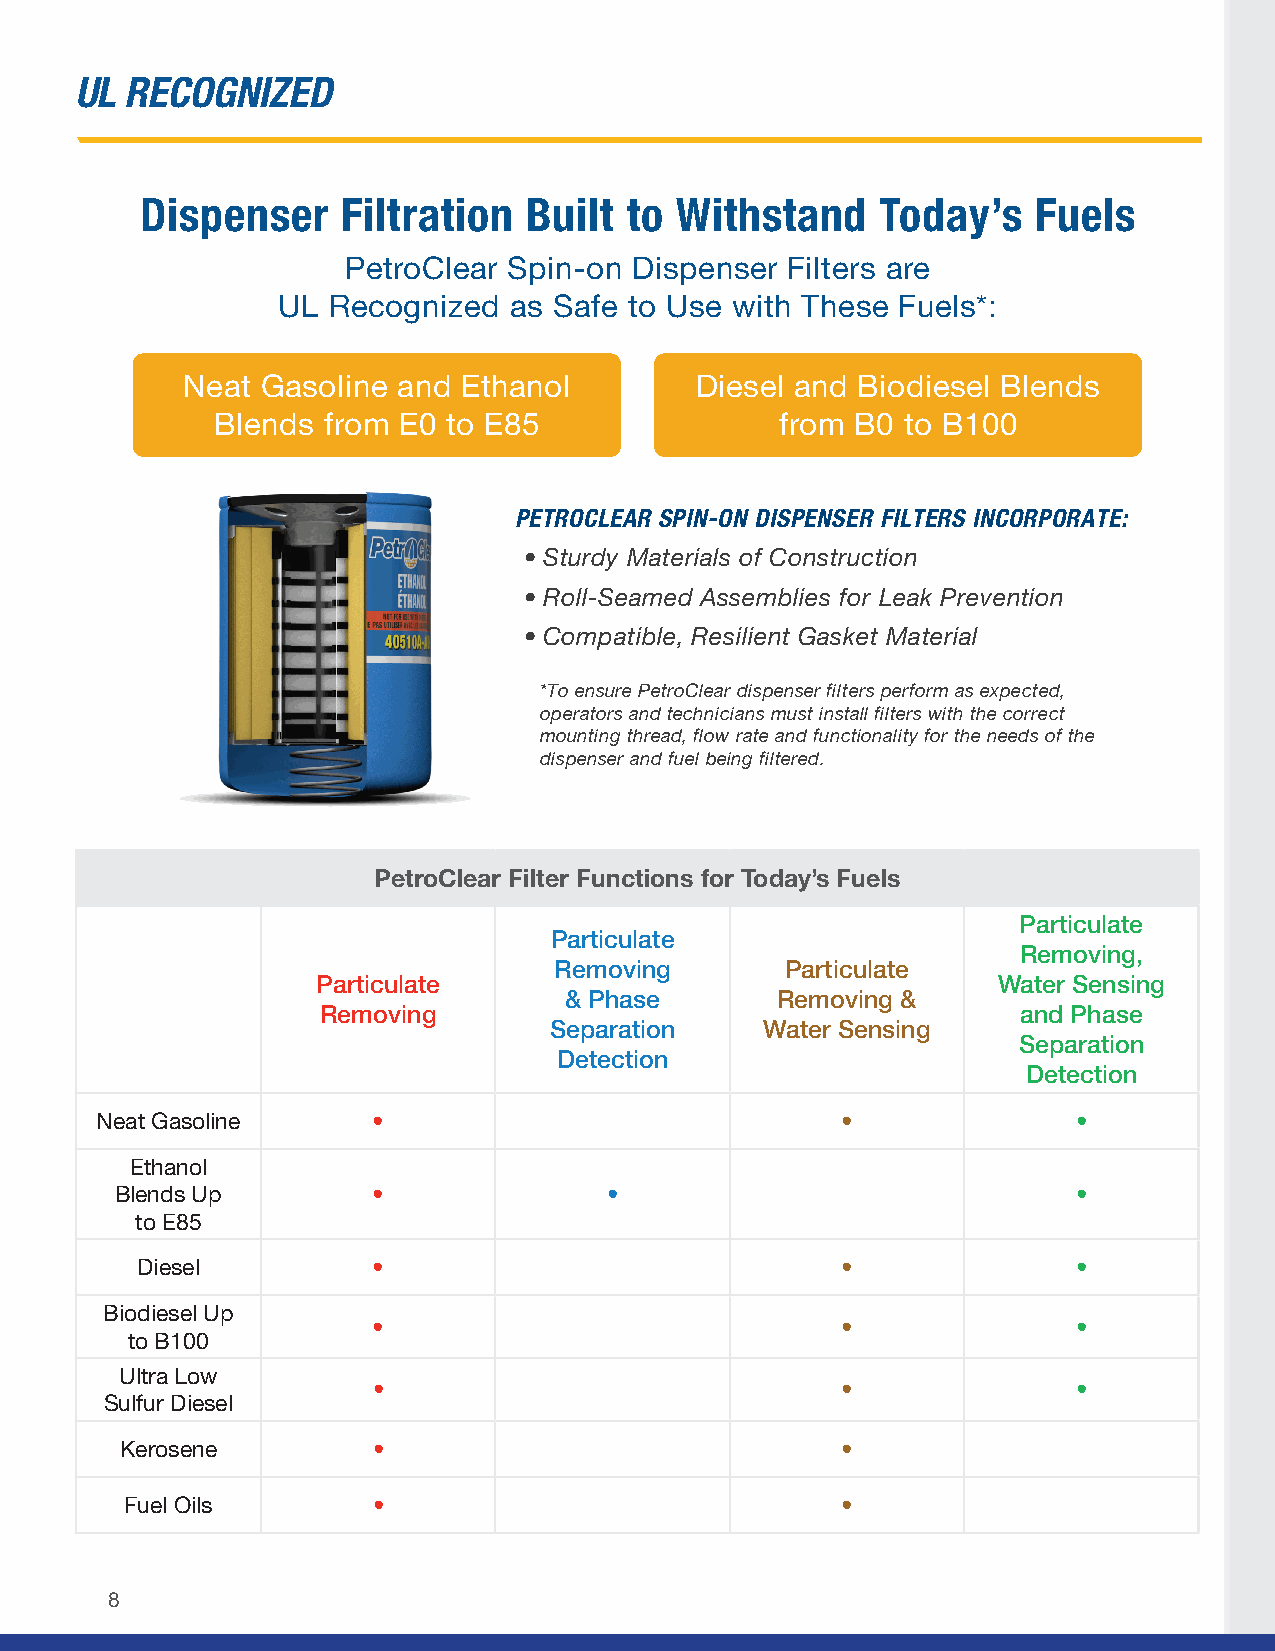
UL RECOGNIZED
 Dispenser     Filtration  Built to  Withstand    Today’s    Fuels
 PetroClear Spin-on Dispenser Filters are
 UL  Recognized  as Safe to Use with These Fuels*:
 Neat Gasoline and  Ethanol        Diesel and Biodiesel Blends
 Blends from E0  to E85                from B0 to B100
 PETROCLEAR SPIN-ON DISPENSER FILTERS INCORPORATE:
 • Sturdy Materials of Construction
 • Roll-Seamed Assemblies for Leak Prevention
 • Compatible, Resilient Gasket Material
 *To ensure PetroClear dispenser filters perform as expected,
 operators and technicians must install filters with the correct
 mounting thread, flow rate and functionality for the needs of the
 dispenser and fuel being filtered.
 PetroClear Filter Functions for Today’s Fuels
 Particulate
 Particulate
 Removing,
 Removing       Particulate
 Particulate                                  Water Sensing
 & Phase       Removing &
 Removing                                       and Phase
 Separation     Water Sensing
 Separation
 Detection
 Detection
 Neat Gasoline      •                              •              •
 Ethanol
 Blends Up        •              •                              •
 to E85
 Diesel          •                              •              •
 Biodiesel Up
 •                              •              •
 to B100
 Ultra Low
 •                              •              •
 Sulfur Diesel
 Kerosene         •                              •
 Fuel Oils        •                              •
 8